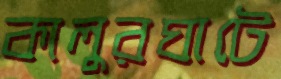
কালুরঘাটে